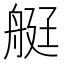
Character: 𦨿